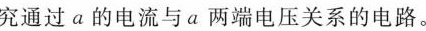
究通过a的电流与a两端电压关系的电路。